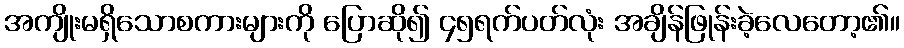
အကျိုးမရှိသောစကားများကို ပြောဆို၍ ၄၅ရက်ပတ်လုံး အချိန်ဖြုန်းခဲ့လေတော့၏။